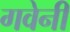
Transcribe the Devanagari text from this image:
गवेनी